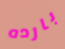
بارده